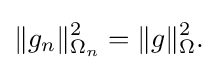
\displaystyle {\|g_{n}\|_{\Omega _{n}}^{2}=\|g\|_{\Omega }^{2}.}